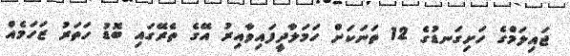
ޖައިލަމްގެ ހަށިގަނޑުގެ 12 ތަނަކަށް ހަމަލާދީފައިވާއިރު އޭގެ ތެރޭގައި ބޮޑު ހަތަރު ޒަހަމެއް